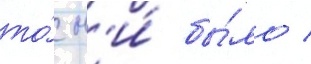
то́ н'и́ бы́ло /